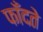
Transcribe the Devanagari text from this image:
फाँदते